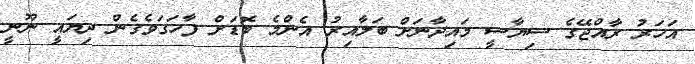
އަހަރު ރާއްޖޭގެ ސިޔާސީ މައިދާނަށް ބަލާއިރު އެންމެ ބޮޑަށް ފާހަގަވެގެން ދިޔައީ ނޫނީ